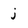
Character: j